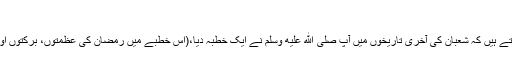
رمضان کی تیاری کا مہینہ
حضرت سلمان فارسی رضی اللہ عنہ فرماتے ہیں کہ شعبان کی آخری تاریخوں میں آپ صلى الله عليه وسلم نے ایک خطبہ دیا،(اس خطبے میں رمضان کی عظمتوں، برکتوں اور فضیلتوں کا تفصیل کے ساتھ ذکرفرمایا۔